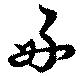
好